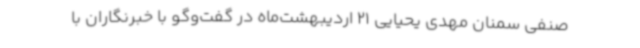
صنفی سمنان مهدی یحیایی 21 اردیبهشت‌ماه در گفت‌وگو با خبرنگاران با